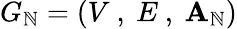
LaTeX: G_{\mathbb{N}}=\left(V\mathrm{{~,~}}E\mathrm{{~,~}}\mathbf{{A}}_{\mathbb{N}}\right)